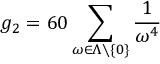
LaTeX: g _ { 2 } = 6 0 \sum _ { \omega \in \Lambda \smallsetminus \left\{ 0 \right\} } { \frac { 1 } { \omega ^ { 4 } } }